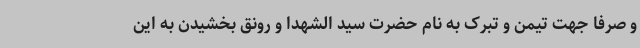
و صرفا جهت تیمن و تبرک به نام حضرت سید الشهدا و رونق بخشیدن به این